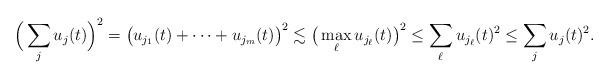
LaTeX: \begin{align*}\Big( \sum_j u_j(t) \Big)^2 = \big( u_{j_1}(t) + \cdots + u_{j_m}(t)\big)^2\lesssim \big( \max_\ell u_{j_\ell}(t) \big)^2 \leq \sum_{\ell}u_{j_\ell}(t)^2 \leq \sum_j u_j(t)^2.\end{align*}